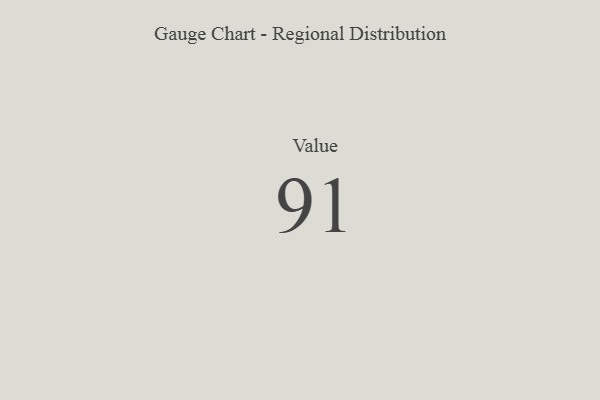
{"axis": {"x": "Metric", "y": "Value"}, "legend": [""], "data": [{"x": "Value", "y": 91, "type": ""}]}